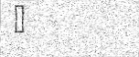
٣